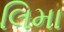
લિમા